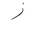
Letter: _zay